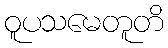
ဝူပသမေတူတိ